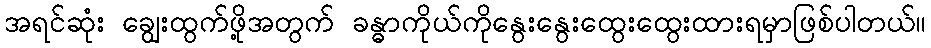
အရင်ဆုံး ချွေးထွက်ဖို့အတွက် ခန္ဓာကိုယ်ကိုနွေးနွေးထွေးထွေးထားရမှာဖြစ်ပါတယ်။